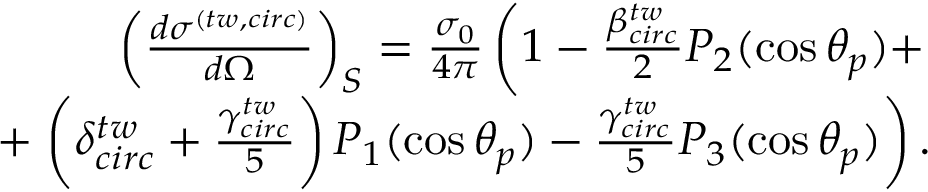
\begin{array} { r } { \left( \frac { d \sigma ^ { ( t w , c i r c ) } } { d \Omega } \right) _ { S } = \frac { \sigma _ { 0 } } { 4 \pi } \left( 1 - \frac { \beta _ { c i r c } ^ { t w } } { 2 } P _ { 2 } ( \cos \theta _ { p } ) + \right. } \\ { + \left. \left( \delta _ { c i r c } ^ { t w } + \frac { \gamma _ { c i r c } ^ { t w } } { 5 } \right) P _ { 1 } ( \cos \theta _ { p } ) - \frac { \gamma _ { c i r c } ^ { t w } } { 5 } P _ { 3 } ( \cos \theta _ { p } ) \right) . } \end{array}